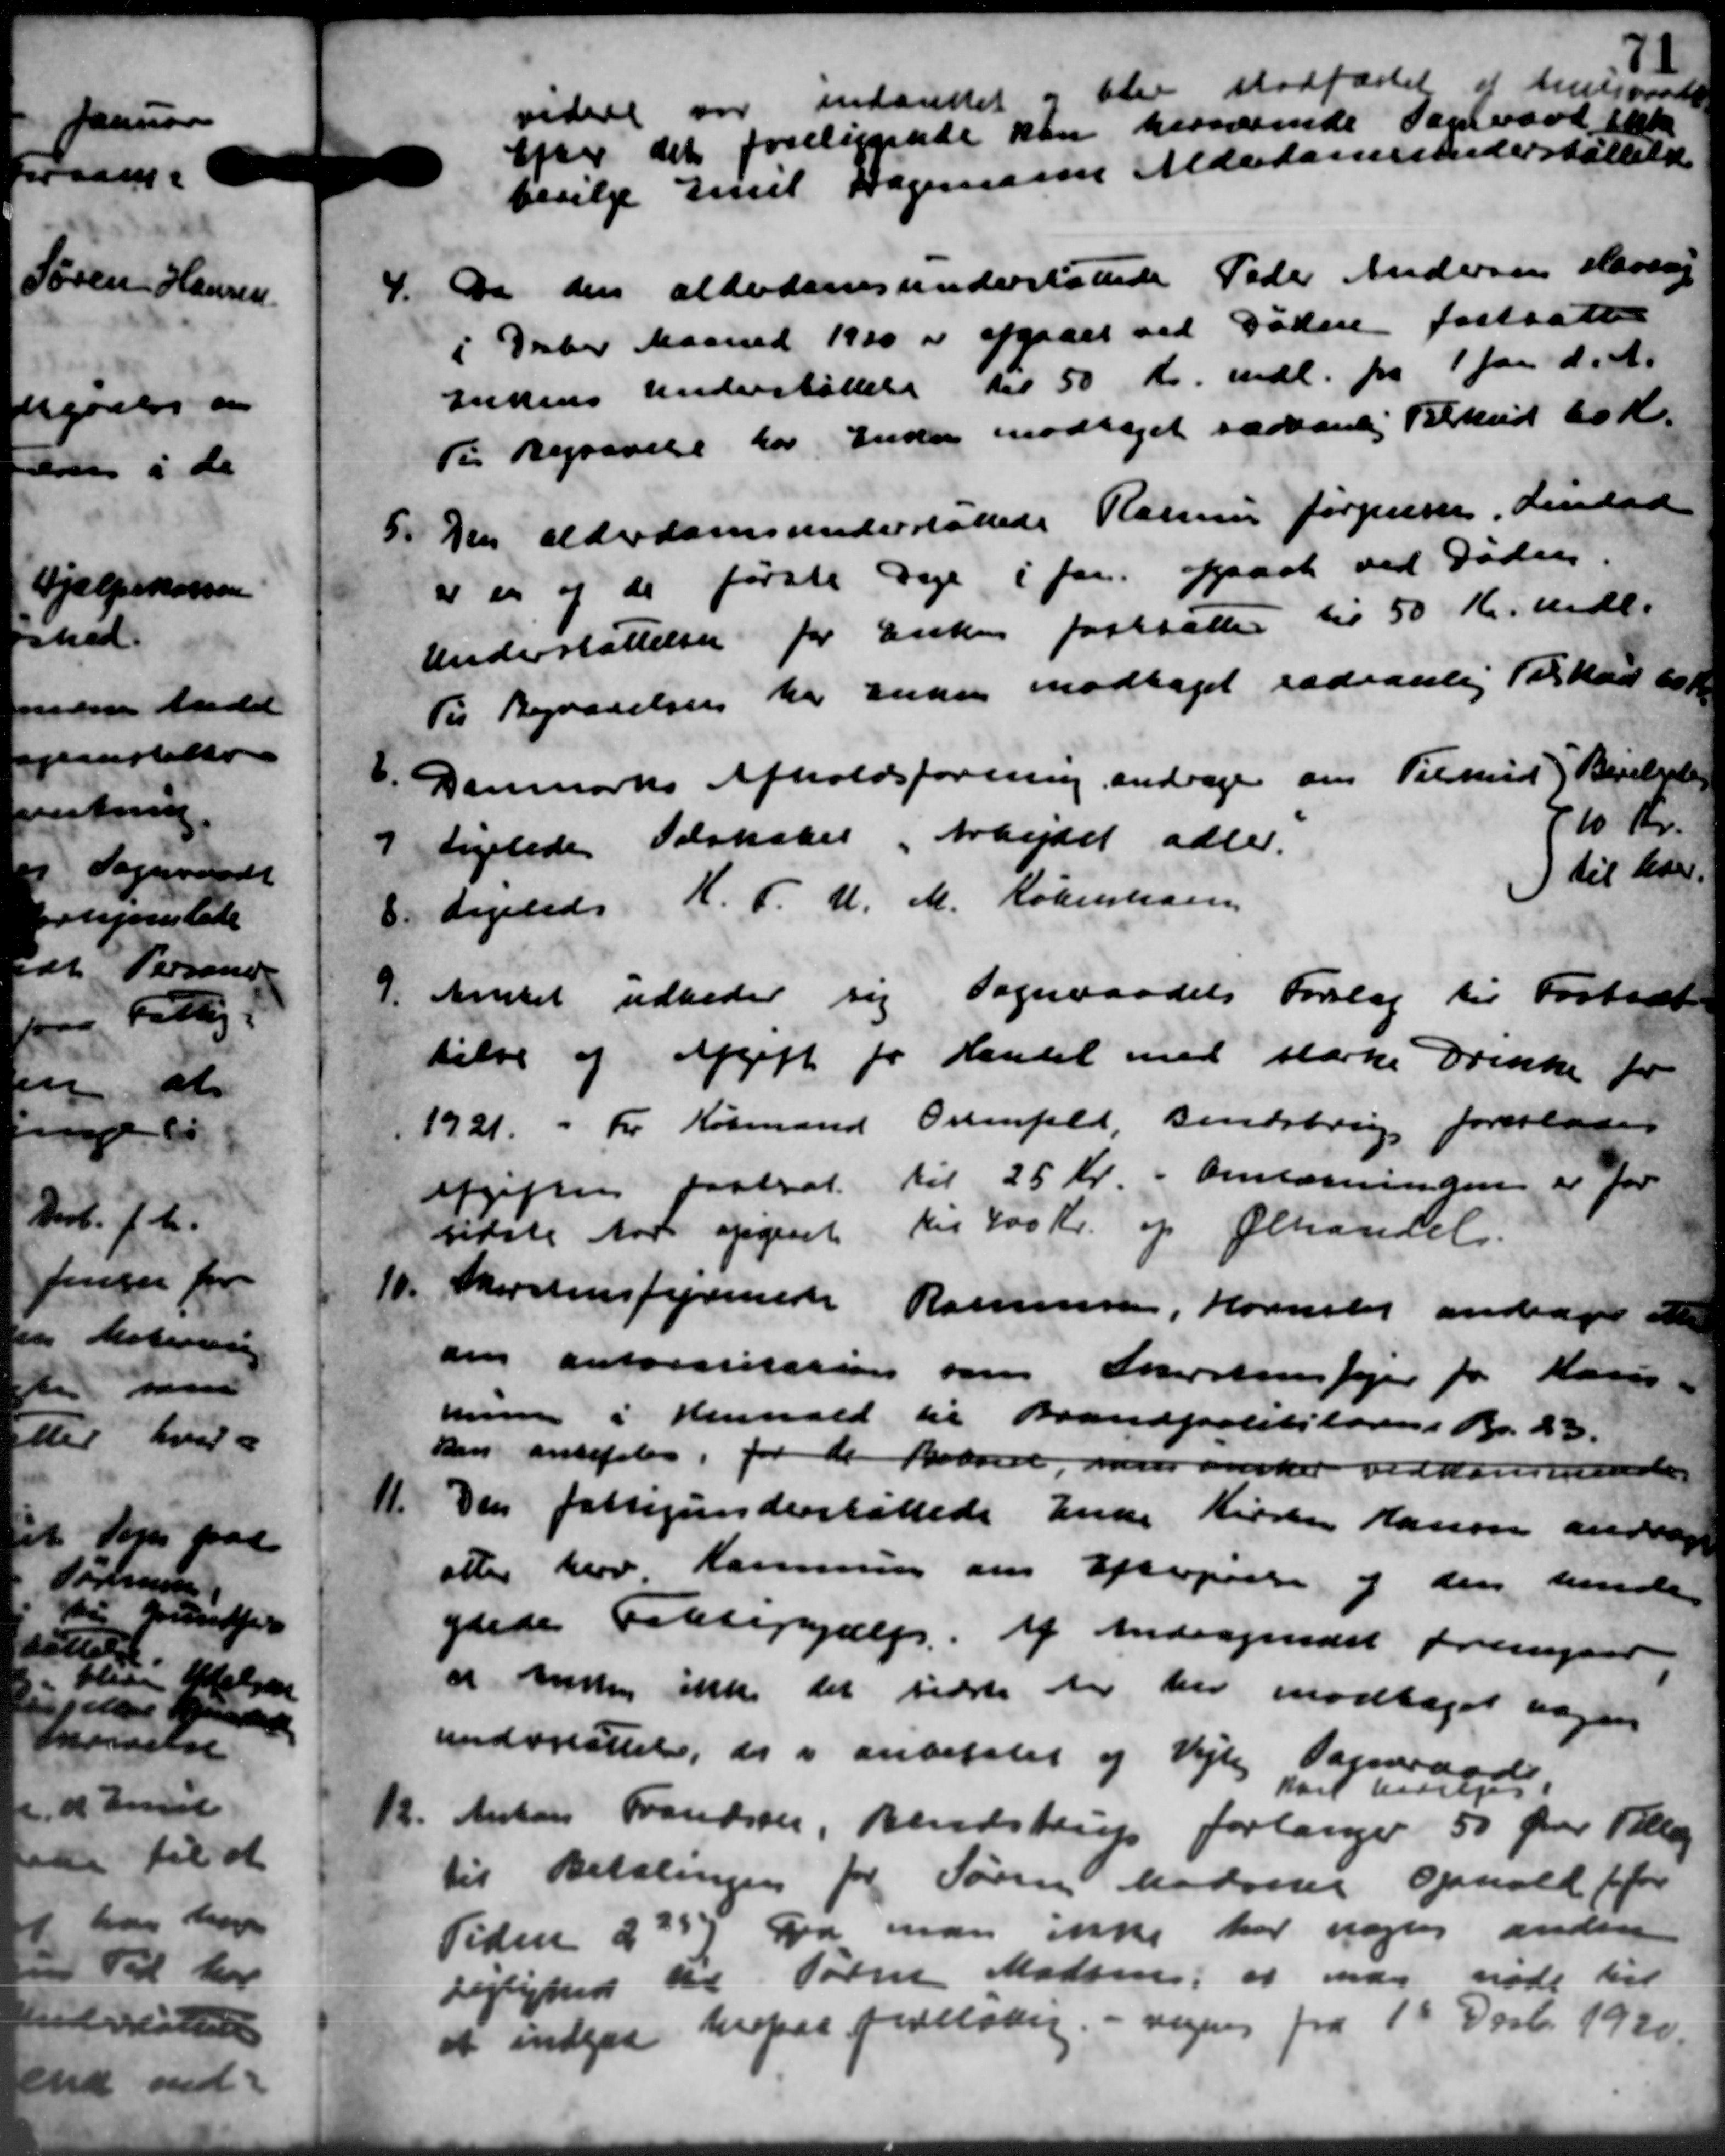
Transskription:
videre var indantet og blev stadfæstet at Amtsraade
efter det foreliggende kan herværende Sageraad ikk
bevilge Emil Dagemann Alderdomsunderstøttelse
4.
de den alderdomsunderstøttede Peder Andersen Haven
i Deber Maaned 1910 er afgaaet ved Døden fastsatte
Enkens Understøttelse til 50 Kr. mdl. fra 1 Jan. d. A.
Ti Begravelse for Inden modtaget sædvanlig Tilskud 60 Kr.
5.
Den alderdomsunderstøttede Rasmus Jørgensen, Lindaa
er en af de første Dage i Jan. opsagt ved Døden.
Understøttelsen for Enken fastsættes til 50 Kr. mdl.
Til Bevarelsen har anden modtaget sædvanlig Tilskud 60 K
6.
Danmarks Afholdsforening andrager om Tilskud
7.
Ligeledes Selskabet Arbejdet adler.
8.
Ligeledes H. F. U. M. København
Bevilgedes
710 Kr.
 til har
9.
Amtet udbeder sig Sogneraadets Forslag til Fortsæt
telse af Afgift for Handel med stærke Drikke for
1921. - Fr. Købmand Orenfeld, Bendsbrug foreslaaes
afgiften fastsat. til 25 Kr. i Anlægningen er for
sidste Aar opgivet til 400 Kr. og Ølhandel.
10.
Skorstensfyrenede Rasmussen, Hornslet andrager at
om autoriserien om Skorstensfejer for Kasse-
mune i Henhold til Brandpolitilovens Br. 23.
den anbefales, for de Beboere, men ønsker vedkommende
11.
Den fattigunderstøttede Enke Kirsten Kassen andrag
atter herv Kommune om Eftergielse og den hende
ydede Fattighjælp. af Andragendet fremgaar
er ansen ikke der sidste der her modtaget nogens
undsattet, er i anbefalet og Vejby Sogneraad
12.
Anton Frandsen, Bendstrup forlanger 50 Øre Pla
karl have
til Betalingen for Søren Madsens Ophold for
Tiden 2257. Da man ikke har nogle anden
Lejlighed til Torm Madsen, at var mødt til
at indgaa herpar foreladig. - vejenes fra 1ste Decb. 1920